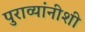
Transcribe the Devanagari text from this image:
पुराव्यांनीशी